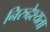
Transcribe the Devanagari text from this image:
निरुद्देश्यता